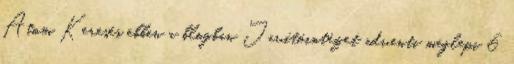
Atom Keresés ebben a blogban Javítóintézet adventi meglepi 6